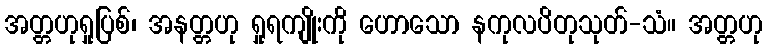
အတ္တဟုရှုပြစ်၊ အနတ္တဟု ရှုရကျိုးကို ဟောသော နကုလပိတုသုတ်-သံ။ အတ္တဟု